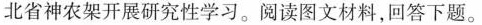
北省神农架开展研究性学习。阅读图文材料，回答下题。